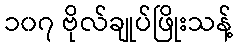
၁၀၇ ဗိုလ်ချုပ်ဖြိုးသန့်